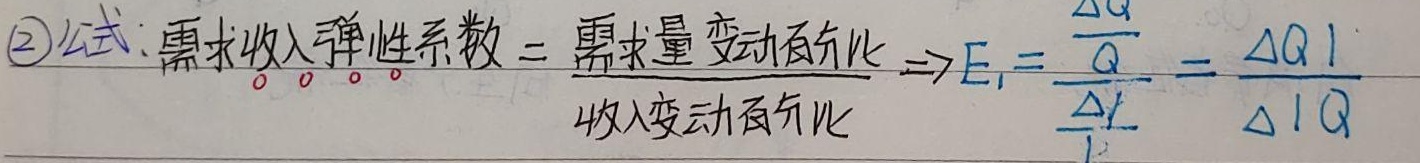
\textcircled{2}公式：需求收入弹性系数$=\frac{需求量变动百分比}{收入变动百分比}\Rightarrow E_{I}=\frac{\frac{\Delta Q}{Q}}{\frac{\Delta I}{I}}=\frac{\Delta QI}{\Delta IQ}$